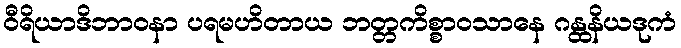
ဝီရိယာဒိဘာဝနာ ပရမဟိတာယ ဘတ္တကိစ္စာဝသာနေ ဂန္ထနိယဒုကံ